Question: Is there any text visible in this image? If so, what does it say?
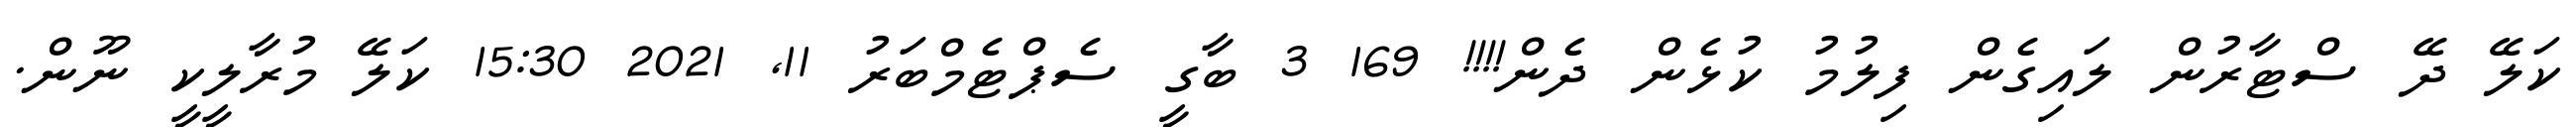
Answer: ކަލޭ ދޭ ސްޓާރުން ލައިގެން ފިލުމު ކުޅެން ދެން!!!! 169 3 ބާގީ ސެޕްޓެމްބަރު 11, 2021 15:30 ކަލޭ މުރާލީކީ ނޫން.